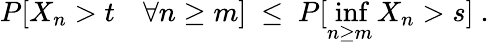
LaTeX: P[X_{n}>t\quad\forall n\ge m]\ \le\ P[\operatorname*{inf}_{n\ge m}X_{n}>s]\ .